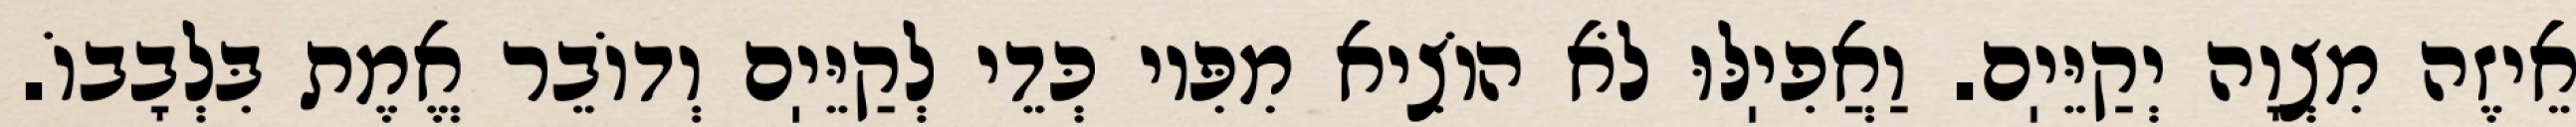
אֵיזֶה מִצְוָה יְקַיֵּיֽם. וַאֲפִיֽלּוּ לֹא הוֹצִיא מִפִּיו כְּדֵי לְקַיֵּיֽם וְדוֹבֵר אֱמֶת בִּלְבָבוֹ.